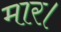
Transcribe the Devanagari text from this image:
मार।